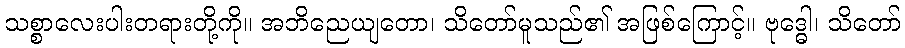
သစ္စာလေးပါးတရားတို့ကို။ အဘိညေယျတော၊ သိတော်မူသည်၏ အဖြစ်ကြောင့်။ ဗုဒ္ဓေါ၊ သိတော်